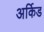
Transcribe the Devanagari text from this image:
अर्किड